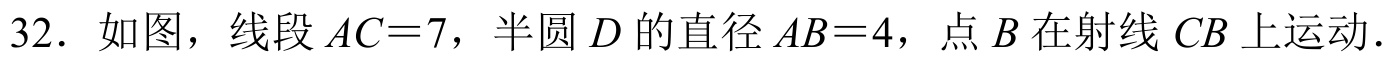
32. 如图，线段\(AC = 7\)，半圆\(D\)的直径\(AB = 4\)，点\(B\)在射线\(CB\)上运动.